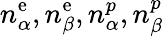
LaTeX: n_{\alpha}^{\mathrm{e}},n_{\beta}^{\mathrm{e}},n_{\alpha}^{p},n_{\beta}^{p}